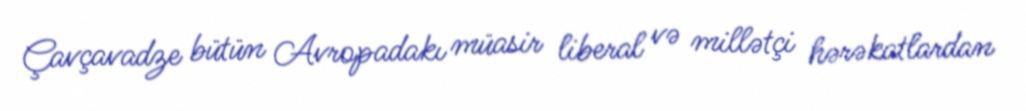
Çavçavadze bütün Avropadakı müasir liberal və millətçi hərəkatlardan